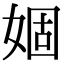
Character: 婟